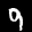
Label: 9